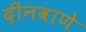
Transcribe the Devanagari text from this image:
दीनवाणे